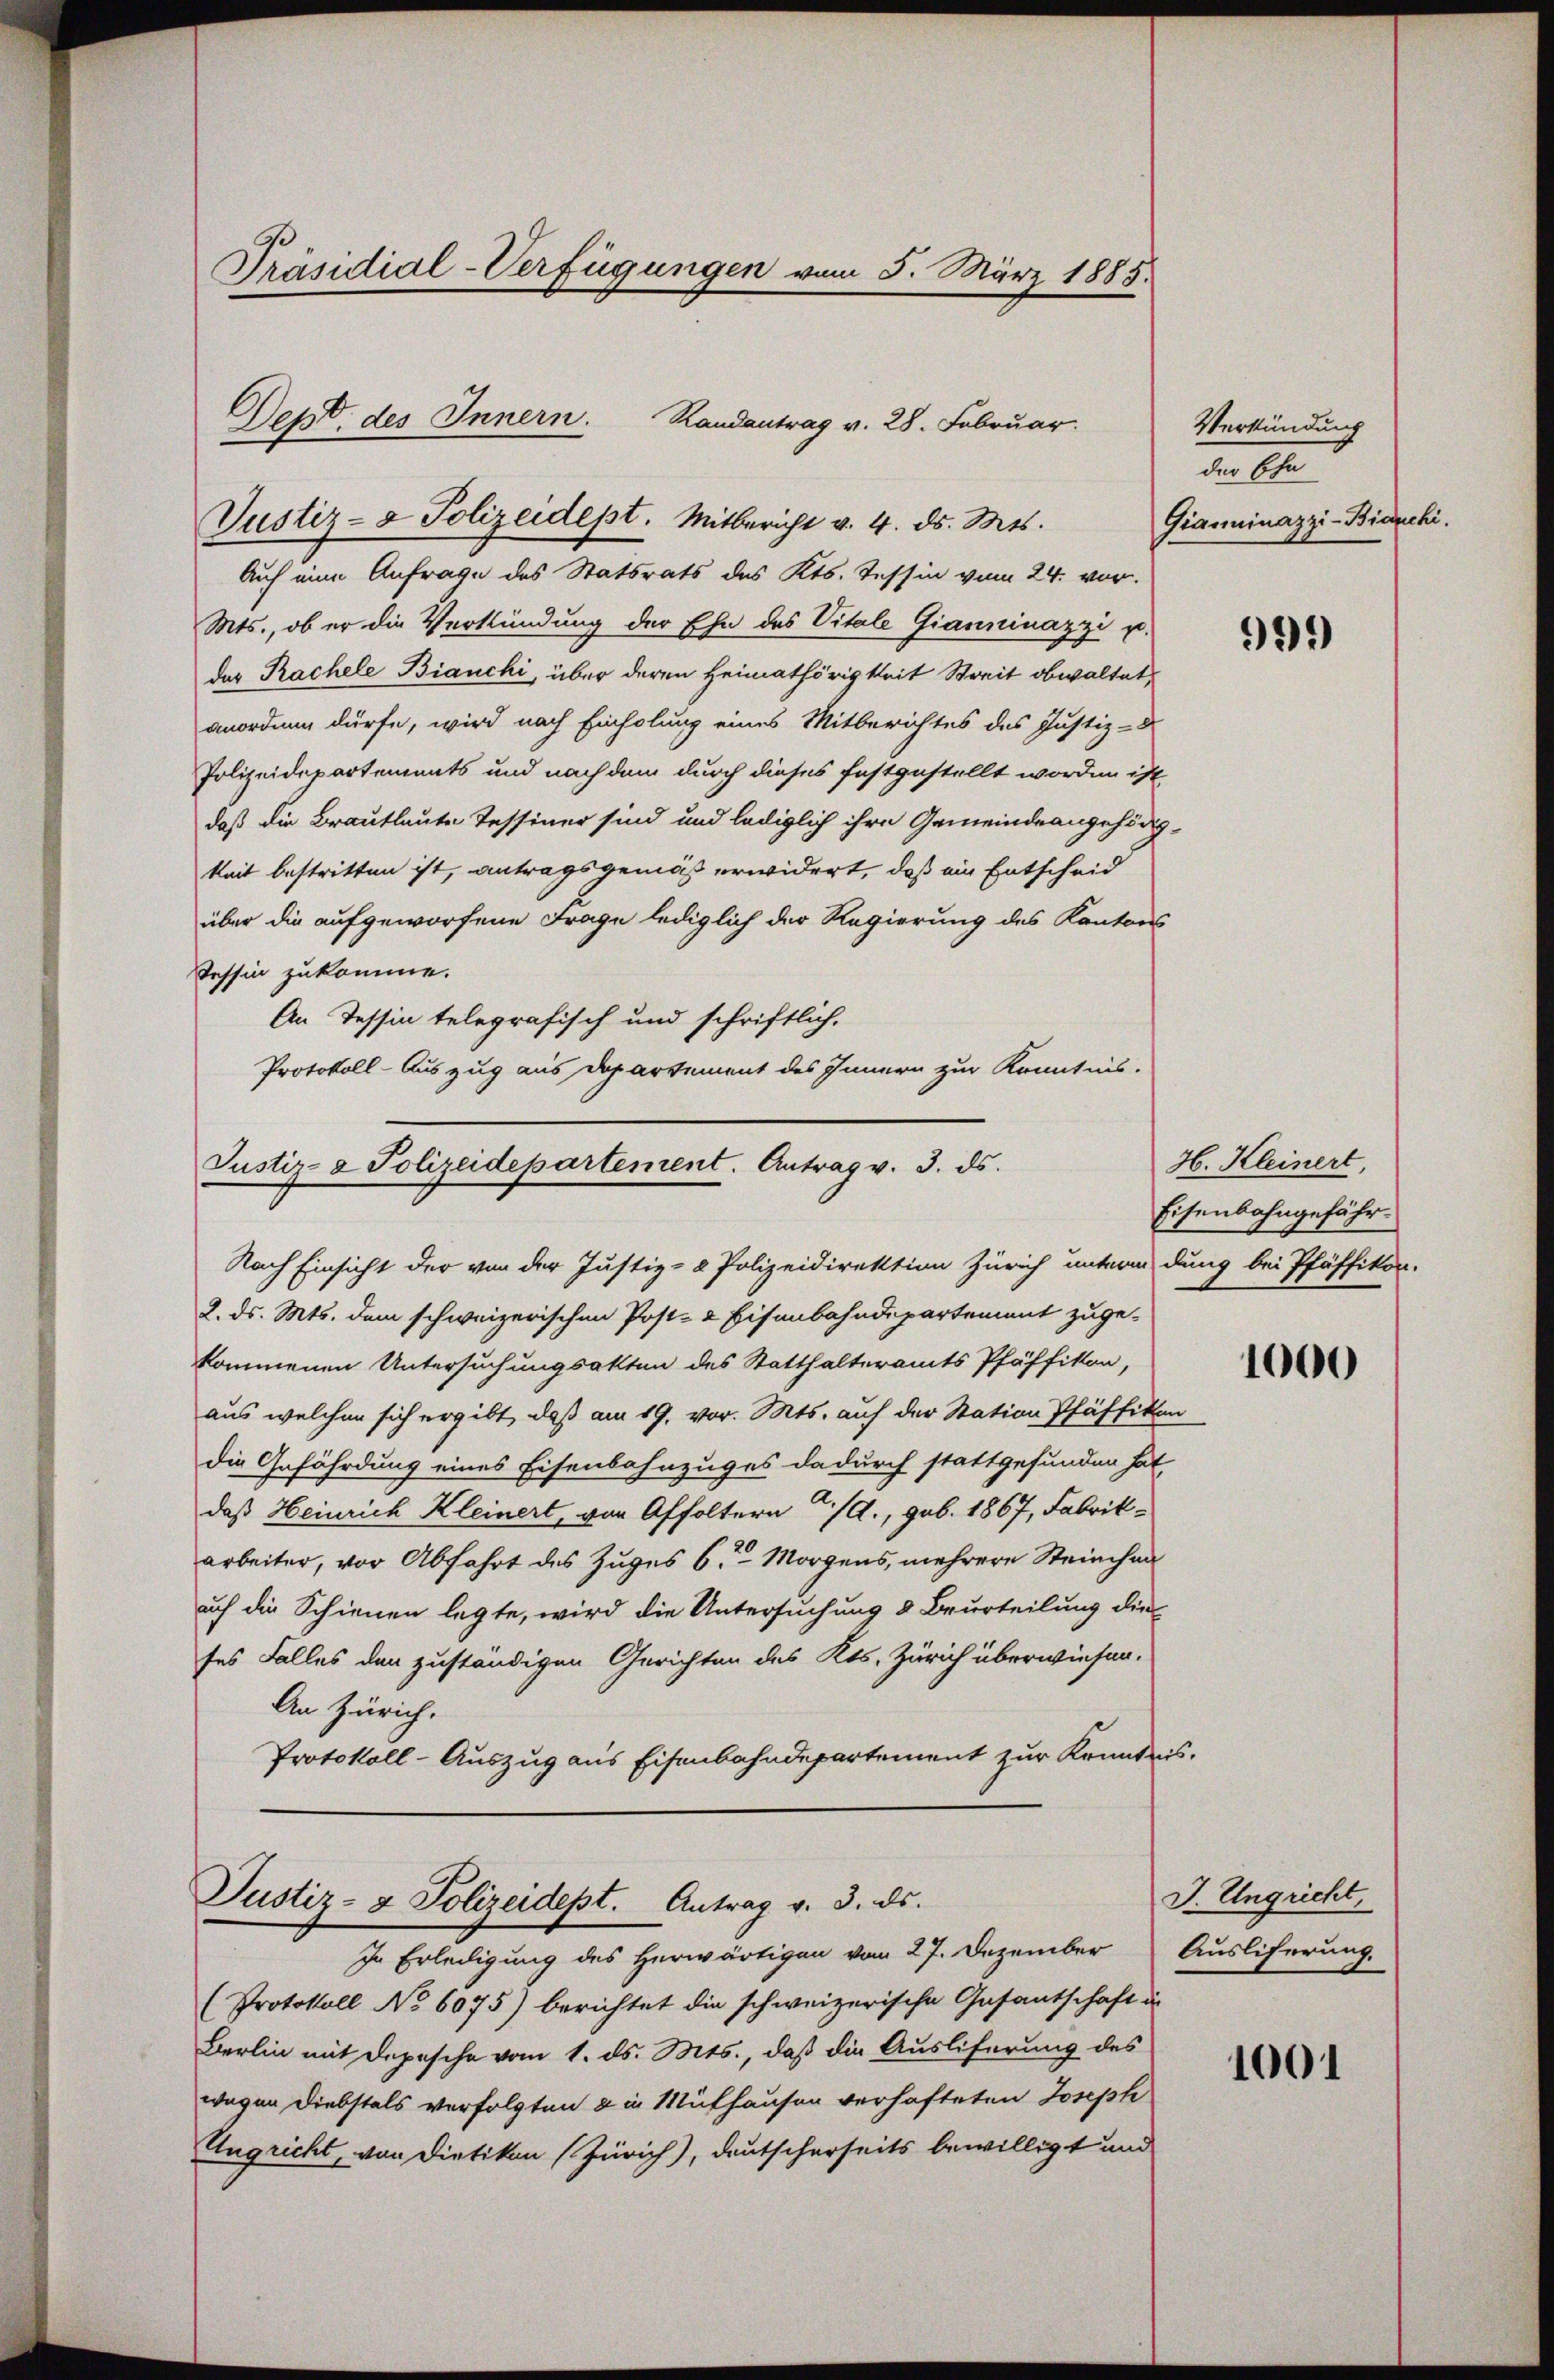
Präsidial-Verfügungen vom 5. März 1885.

Dept. des Innern. Randantrag v. 28. Februar.
Justiz- & Polizeidept. Mitbericht v. 4. ds. Mts.

Auch eine Anfrage des Statsrats des Kts. Tessin vom 24. vor.
Mts., ob er die Verkündung der Ehe des Vitale Gianninazzi u.
des Rachele Bianchi, über deren Heimathörigkeit Streit obwaltet
anordnen dürfe, wird nach Einholung eines Mitberichtes des Justiz-
Polizeidepartements und nach dem durch dieses festgestellt worden ist
daß die Brautleute Tessiner sind und lediglich ihre Gemeindeangehödig-
keit bestritten ist, antragsgemäß erwidert, daß ein Entscheid
über die aufgeworfene Frage lediglich der Regierung des Kantons
Tessin zukomme.
An Tessin telegrafisch und schriftlich.
Protokoll- Auszug aus Departement des Innern zur Kenntnis.

Justiz- & Polizeidepartement. Antrag v. 3. ds.
Nach Einsicht der von der Justiz- & Polizeidirektion Zürich unterm dung bei Pfäffikon-

Justiz- & Polizeidept. Antrag v. 3. ds.
In Erledigung des Herwärtigen vom 27. Dezember

(Protokoll No 6075) berichtet die schweizerische Gasantschaft u.
Berlin mit Depesche vom 1. ds. Mts., daß die Ausliferung des
wegen Diebstals verfolgten & in Muthausen verhafteten Joseph
Eugricht, von Dietikon (Zürich), deutscherseits bewilligt und

Verkündung
der Ehe
Gianninazzi-Bianchi.

2. ds. Mts. dem schweizerischen Post- & Eisenbahndepartement zuge-
kommenen Untersuchungsakten des Statthalteramts Pfäffikon,
aus welchen sich ergibt, daß am 19. vor. Mts. auf der Station Pfäffikon
die Gefährdung eines Eisenbahnzuges dadurch stattgefunden hat,
daß Heinrich Kleinert, von Affoltern a/A., geb. 1867, Fabrik-
arbeiter, vor Abfahrt des Zuges 6. Morgens, mehrere Steinchan
auf die Schienen legte, wird die Untersuchung & Beurteilung die
ses Falles den zuständigen Gerichten des Kts. Zürich überwiesen.
An Zürich.
Protokoll-Auszug aus Eisenbahndepartement zur Kenntnis.

999)

H. Kleinert,
Eisenbahngefähr

1000

J. Ungricht,
Ausliferung.

1001